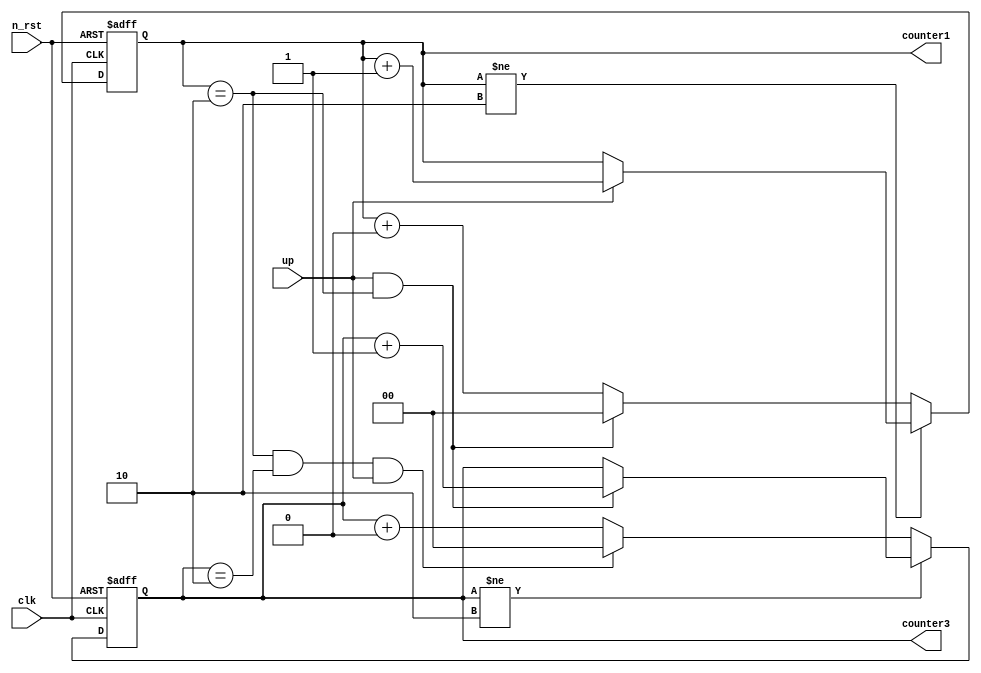
module counter(
    clk,
    n_rst,
    up,
    counter3,
    counter1
);

input clk;
input n_rst;
input up;
output [1:0] counter3;
output [1:0] counter1;
reg [1:0] cnt_1;
reg [1:0] cnt_3;

always @(posedge clk or negedge n_rst)
    if(!n_rst) begin
        cnt_1 <= 2'h0;
    end
    else begin
        if(cnt_1 != 2'h2)
            cnt_1 <= (up == 1'b1) ? cnt_1 + 2'h1 : cnt_1;
        else if(up == 1'h1 && cnt_1 == 2'h2)
            cnt_1 <= 2'h0;
        else
            cnt_1 <= cnt_1 + 2'h0;
    end
assign counter1 = cnt_1;

always @(posedge clk or negedge n_rst)
    if(!n_rst) begin
        cnt_3 <= 2'h0;
    end
    else begin
        if (cnt_3 != 2'h2)
            cnt_3 <= (cnt_1 == 2'h2 && up == 1'b1) ? cnt_3 + 2'h1 : cnt_3;
        else if(cnt_1 == 2'h2 && cnt_3 == 2'h2 && up == 1'b1)
            cnt_3 <= 2'h0;
        else
            cnt_3 <= cnt_3 + 2'h0;
    end
assign counter3 = cnt_3;
endmodule